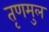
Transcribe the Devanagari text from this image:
तृणमुल